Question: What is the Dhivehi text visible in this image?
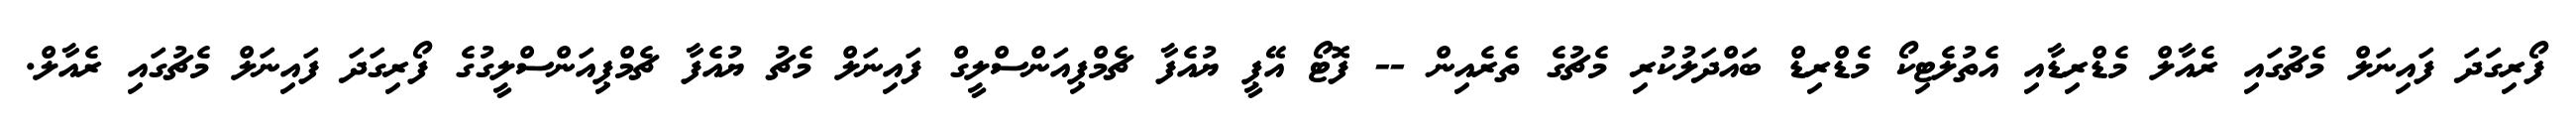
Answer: ފޯރިގަދަ ފައިނަލް މެޗުގައި ރެއާލް މެޑްރިޑާއި އެތުލެޓިކޯ މެޑްރިޑް ބައްދަލުކުރި މެޗުގެ ތެރެއިން -- ފޮޓޯ އޭޕީ ޔުއެފާ ޗެމްޕިއަންސްލީގް ފައިނަލް މެޗު ޔުއެފާ ޗެމްޕިއަންސްލީގުގެ ފޯރިގަދަ ފައިނަލް މެޗުގައި ރެއާލް.